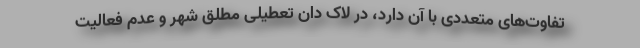
تفاوت‌های متعددی با آن دارد، در لاک دان تعطیلی مطلق شهر و عدم فعالیت